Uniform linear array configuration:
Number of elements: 24
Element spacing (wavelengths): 0.5
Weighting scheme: binomial
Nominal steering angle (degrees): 15
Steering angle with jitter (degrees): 15.76
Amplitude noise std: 0.05
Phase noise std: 0.05

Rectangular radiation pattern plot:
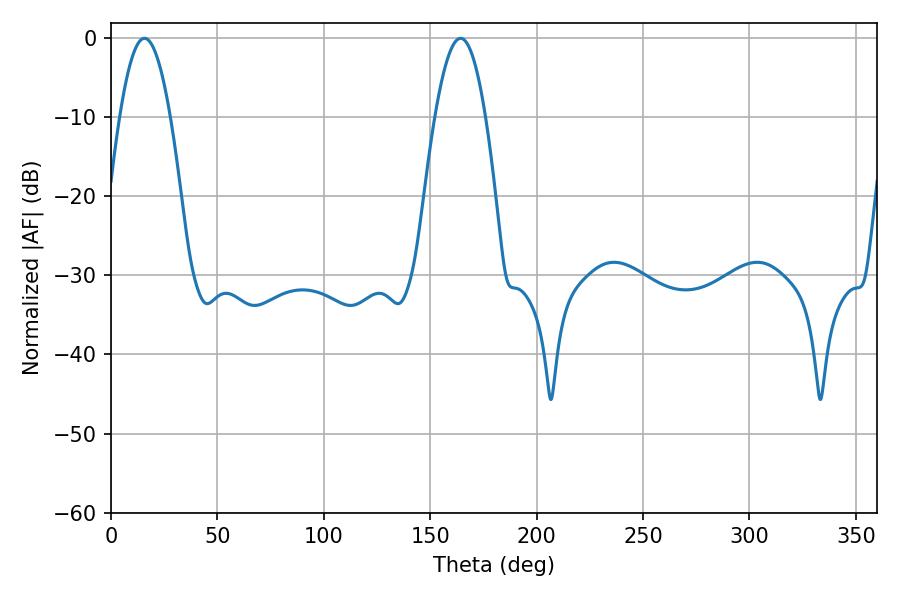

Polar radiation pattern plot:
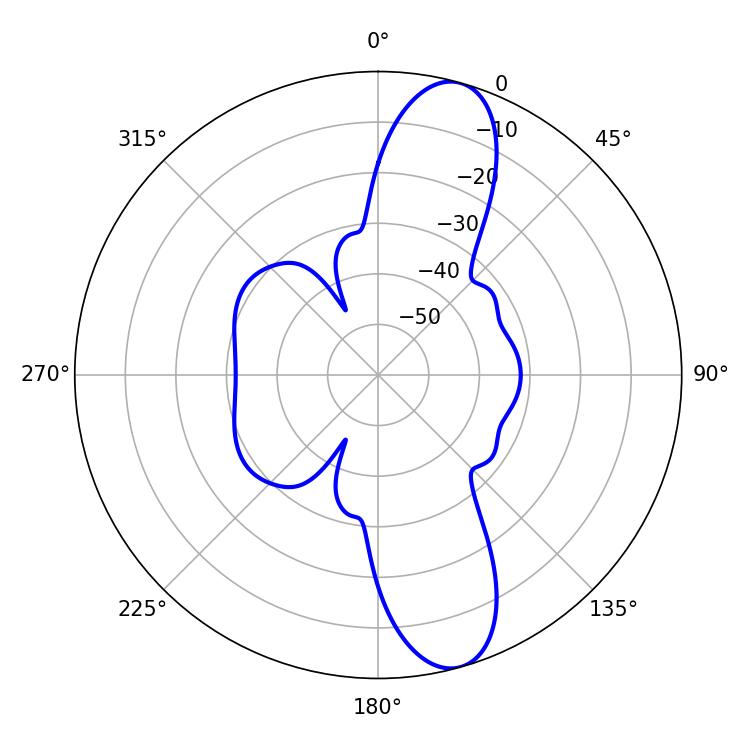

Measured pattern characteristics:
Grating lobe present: FALSE
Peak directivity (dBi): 11.81
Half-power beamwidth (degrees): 12.96
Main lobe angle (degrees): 15.66